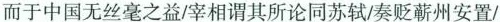
而于中国无丝毫之益/宰相谓其所论同苏轼/奏贬蕲州安置